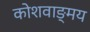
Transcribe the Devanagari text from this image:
कोशवाङ्मय